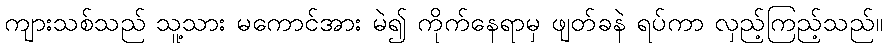
ကျားသစ်သည် သူ့သား မကောင်အား မဲ၍ ကိုက်နေရာမှ ဖျတ်ခနဲ ရပ်ကာ လှည့်ကြည့်သည်။